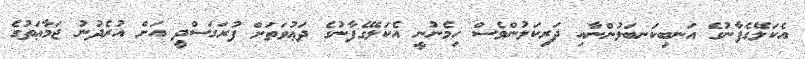
އެކަލޭގެފާނުގެ އަނބިކަނބަލުންނާއި ދަރިކަލުންވެސް ހިމެނުނީ އެކަލޭގެފާނުގެ ދަޢުވަތަށް ފުރަގަސްދީ އަށް އުރެދުނު ޖަމާޢަތުގެ